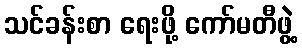
သင်ခန်းစာ ရေးဖို့ ကော်မတီဖွဲ့